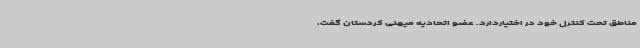
مناطق تحت کنترل خود در اختیاردارد. عضو اتحادیه میهنی کردستان گفت،